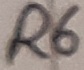
Text: R1